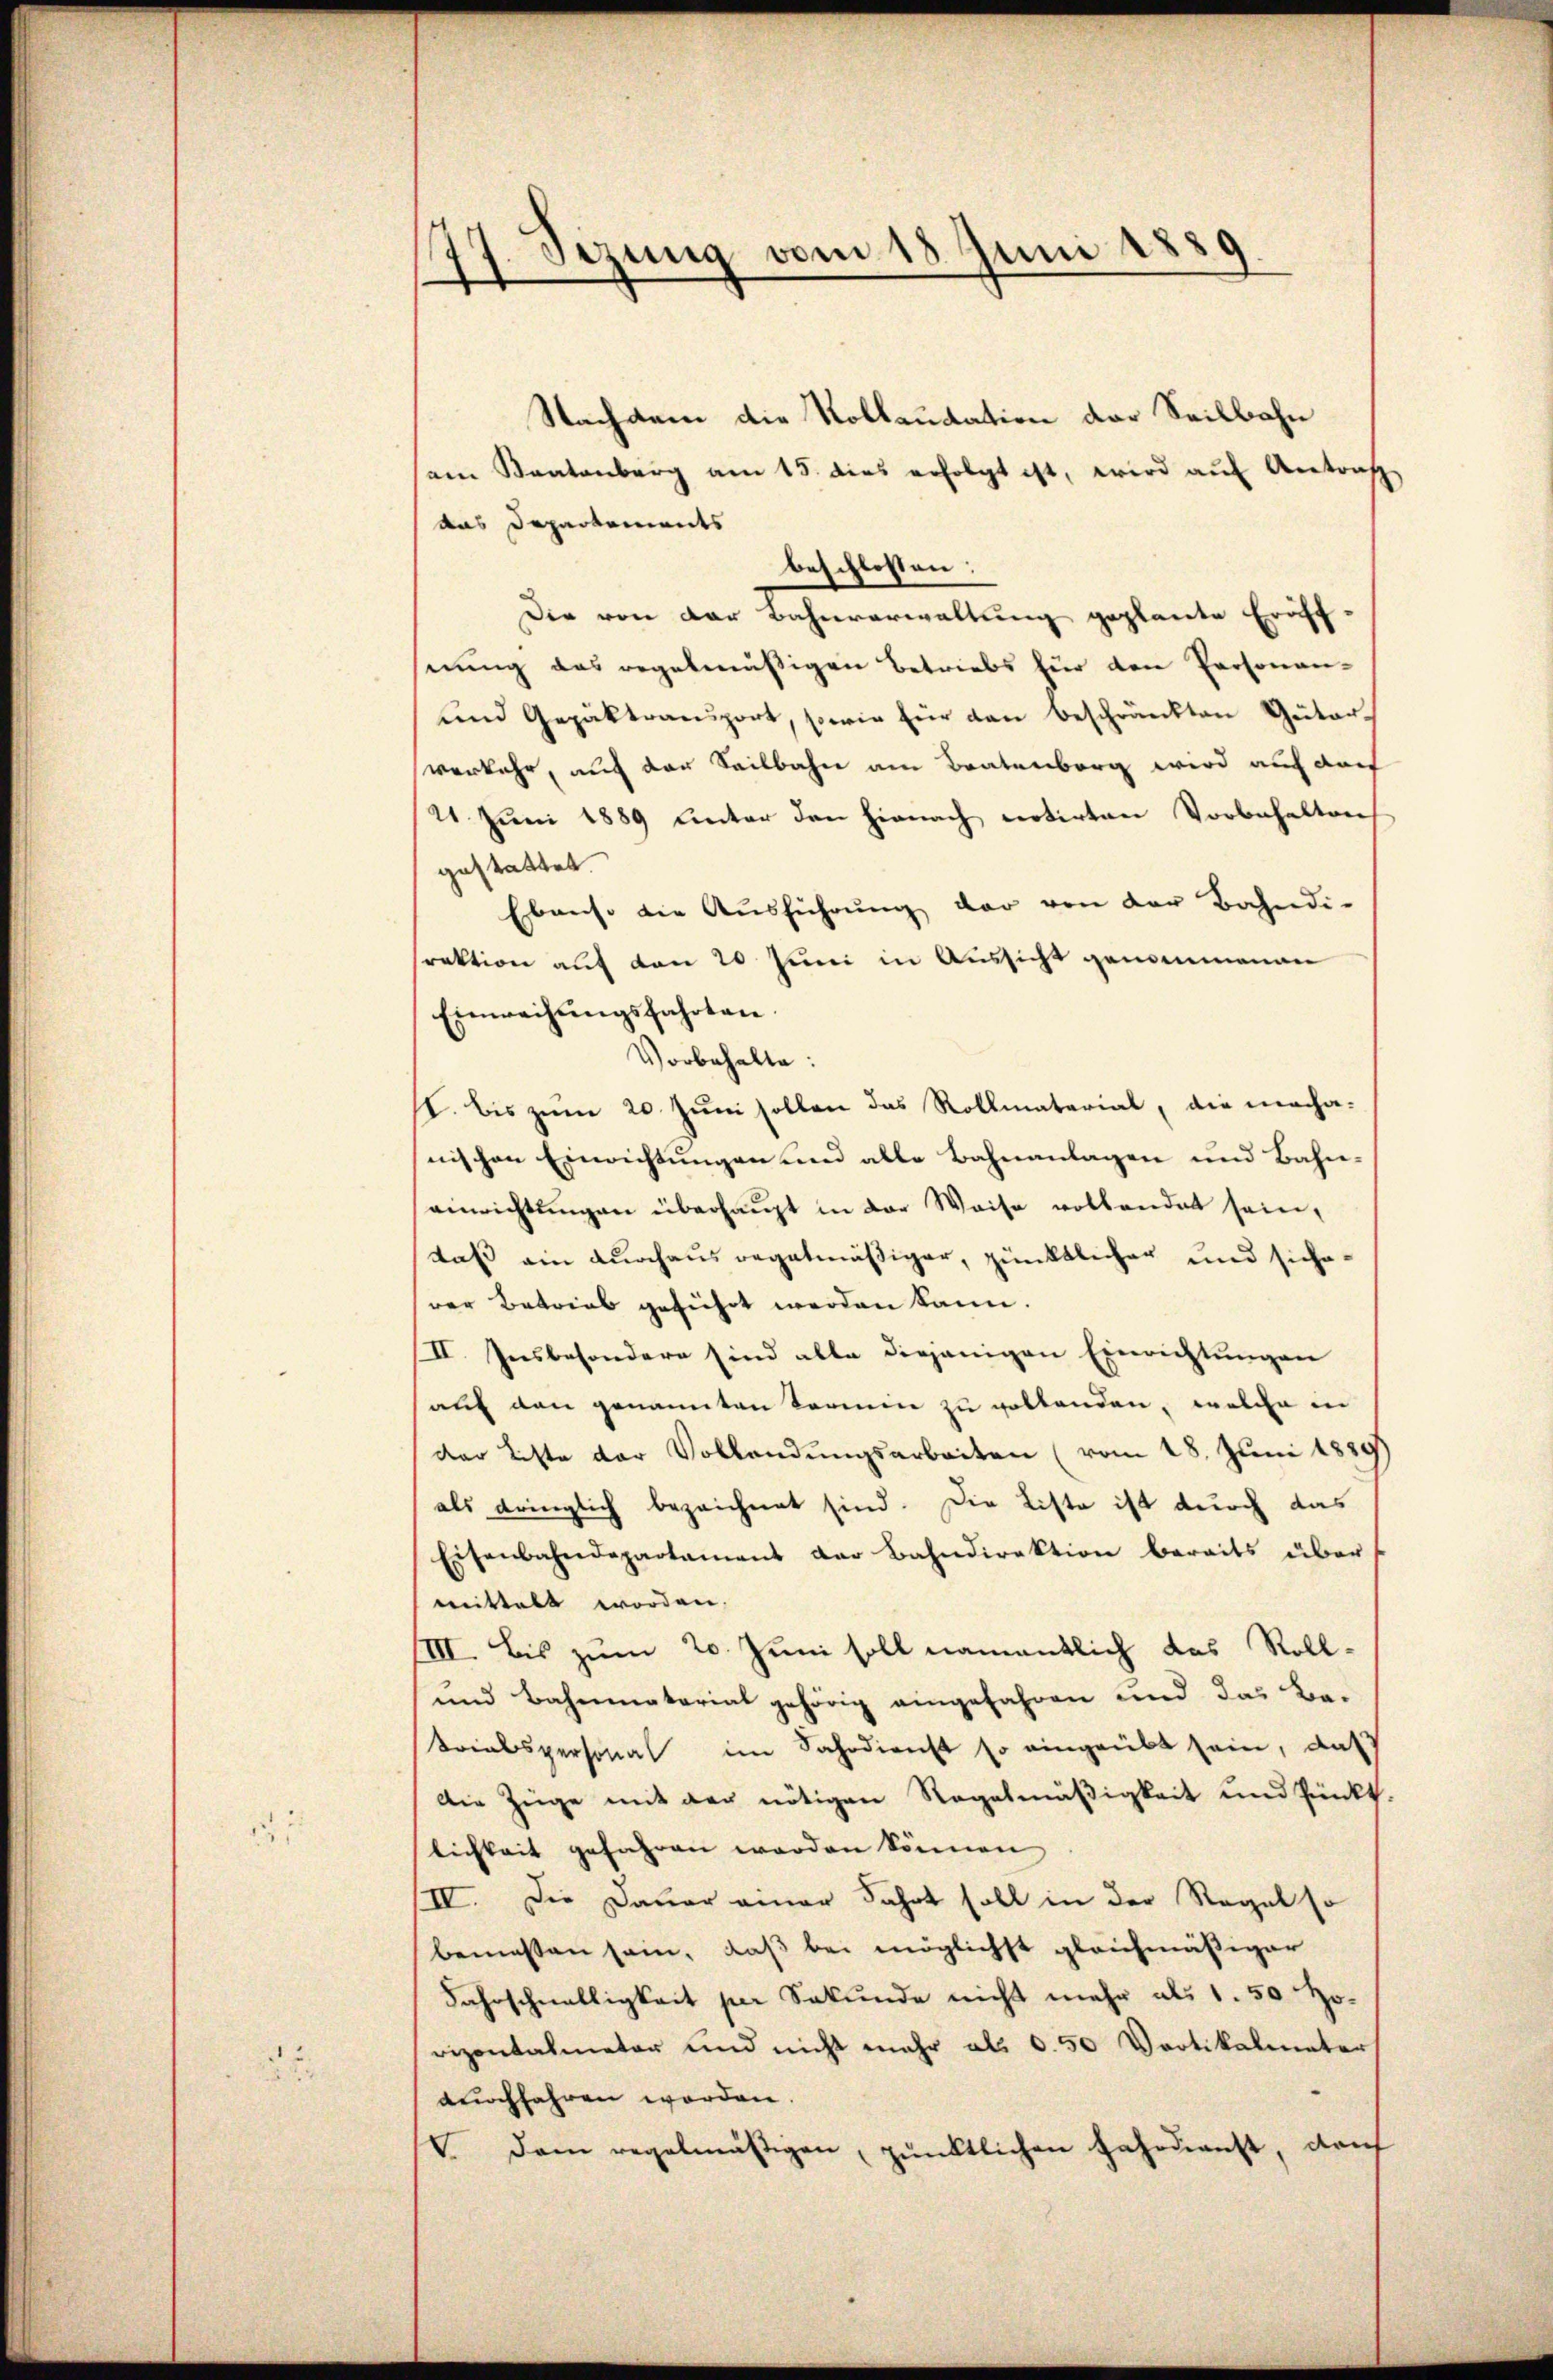
77. Sezung vom 18. Juni 1889

Nachdem die Kollaudation der Seilbahn
am Staatenberg am 15. dies erfolgt ist, wird aŭf Antraf
das Departements
beschlossen:
Die von der Bahnverwaltung geplante Eröffnŭng das regelmäβigen Betriebs für den Personan-
und Gepäktransport, sowie für dann beschränkten Güterverkehr, auf der Seilbahn am Bratenberg wird auf doch
21. Juni 1889 unter den hienach retirten Vorbehalten
gestattet.
Ebenso die Aŭsführŭng der von der Bahndi-
rektion auf den 20 Juni in Aussicht genommenen
Einweisŭngsfahrten.
Vorbehalte:
I. bis zum 20. Juni sollen das Rollmaterial, die macha-
nischen Einrichtungen und alle Bahnanlagen und Bahn-
ainrichtungen überhaupt in der Weise vollendet sein,
daß ein durchaus regelmäßiger, pünktlicher und sicherer Betrieb geführt werden kann.
II. Insbesondere sind alle diejenigen Einrichtungen
sauf den genannten Formen zu vollenden, welche in
der Liste der Vollendungsarbeiten (vom 18. Juni 1889
als dringlich bezeichnet sind. Die Liste ist durch das
Eisenbahndepartament der Bahndirektion bereits über
mittelt worden.
III. Bis zum 20. Juni soll namentlich das Roll-
und Bahnmaterial gehörig eingefahren und das Ba-
Briabspersonal im Fahrdienst so eingeübt sein, das
Die Züge mit der nötigen Regelmäßigkeit und Punkt
lichkeit gefahren werden können,
IV. Die Dauer einer Fahrt soll in der Regel so
bemessen sein, daß bei möglichst gleichmäßiger
Fahrschnelligkeit per Sekunde nicht mehr als 1. 50 Hovizontalmeter und nicht mehr als 0.50 Vartikalmater
duchfahren worden.
 dem regelmäβigen, pünktlichen Jahrdienst, dah